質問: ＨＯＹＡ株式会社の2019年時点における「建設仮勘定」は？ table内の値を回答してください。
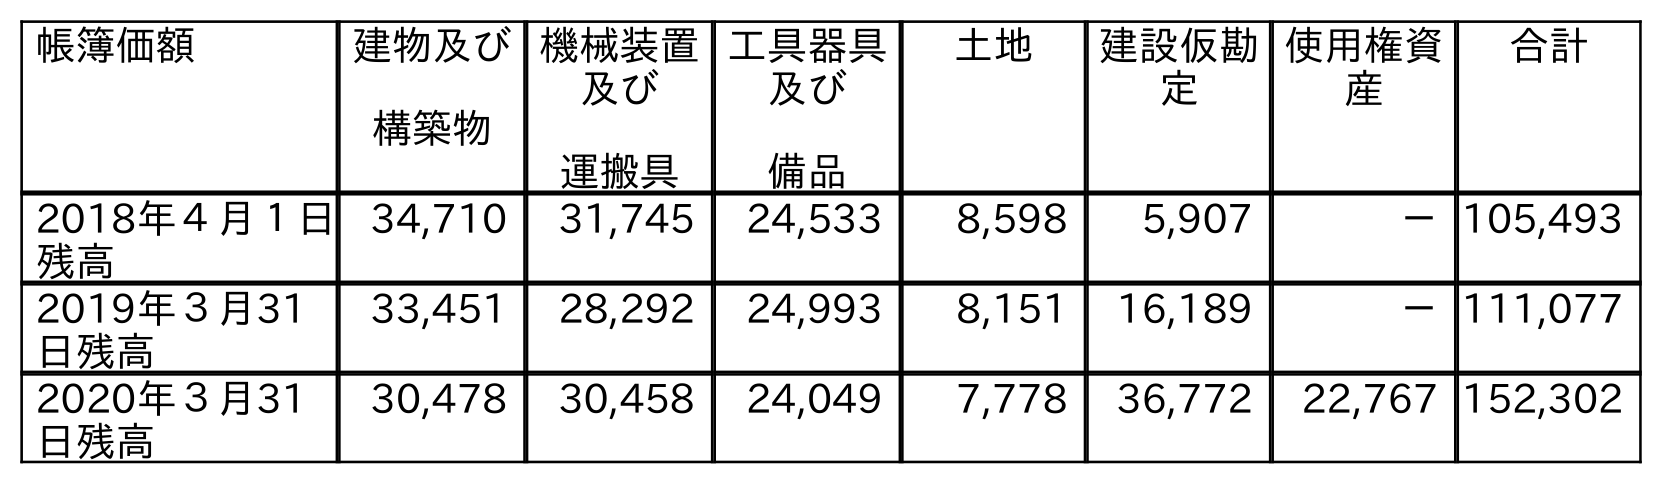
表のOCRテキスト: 帳簿価額 建物及び 構築物 機械装置 及び 運搬具 工具器具 及び 備品 土地 建設仮勘 定 使用権資 産 合計 2018年４月１日 残高 34,710 31,745 24,533 8,598 5,907 －105,493 2019年３月31 日残高 33,451 28,292 24,993 8,151 16,189 －111,077 2020年３月31 日残高 30,478 30,458 24,049 7,778 36,772 22,767 152,302
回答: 16,189